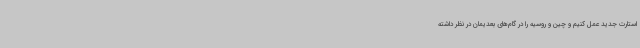
استارت جدید عمل کنیم و چین و روسیه را در گام‌های بعدیمان در نظر داشته